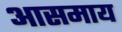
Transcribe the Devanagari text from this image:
आसमाय